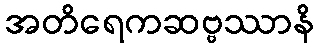
အတိရေကဆဗ္ဗဿာနိ